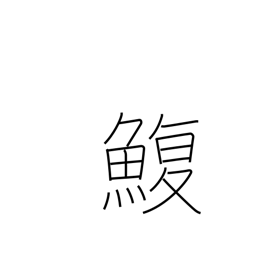
Meaning: puffer fish